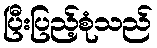
ပြီးပြည့်စုံသည်